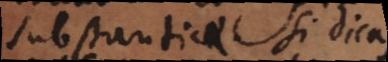
substantiae. Si dicas